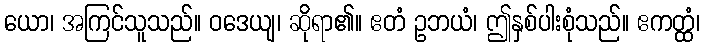
ယော၊ အကြင်သူသည်။ ဝဒေယျ၊ ဆိုရာ၏။ ဧတံ ဥဘယံ၊ ဤနှစ်ပါးစုံသည်။ ဧကတ္ထံ၊